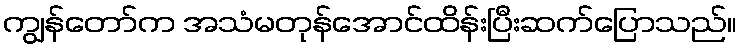
ကျွန်တော်က အသံမတုန်အောင်ထိန်းပြီးဆက်ပြောသည်။